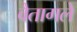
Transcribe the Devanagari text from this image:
वैतागले